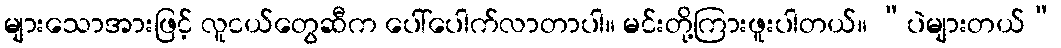
များသောအားဖြင့် လူငယ်တွေဆီက ပေါ်ပေါက်လာတာပါ။ မင်းတို့ကြားဖူးပါတယ်။ “ပဲများတယ်”